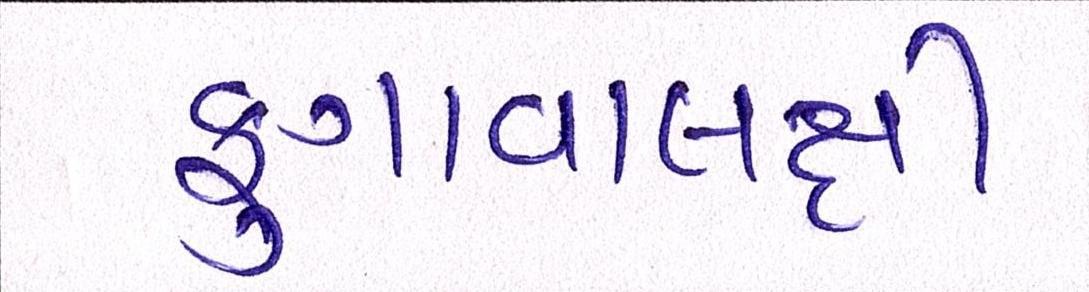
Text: ફુગાવાલક્ષી